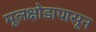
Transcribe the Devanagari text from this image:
मूलक्षोडापासून